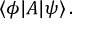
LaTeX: \langle \phi | { \boldsymbol { A } } | \psi \rangle \, .